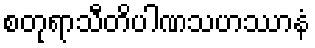
စတုရာသီတိပါဏသဟဿာနံ